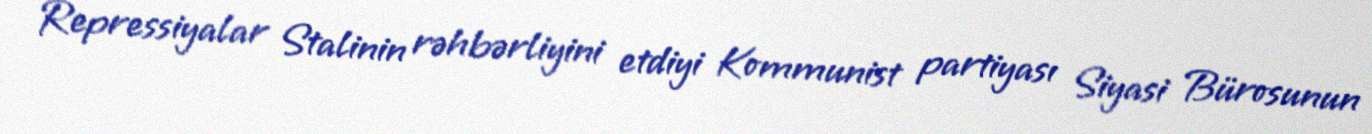
Repressiyalar Stalinin rəhbərliyini etdiyi Kommunist partiyası Siyasi Bürosunun